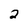
Character: 2